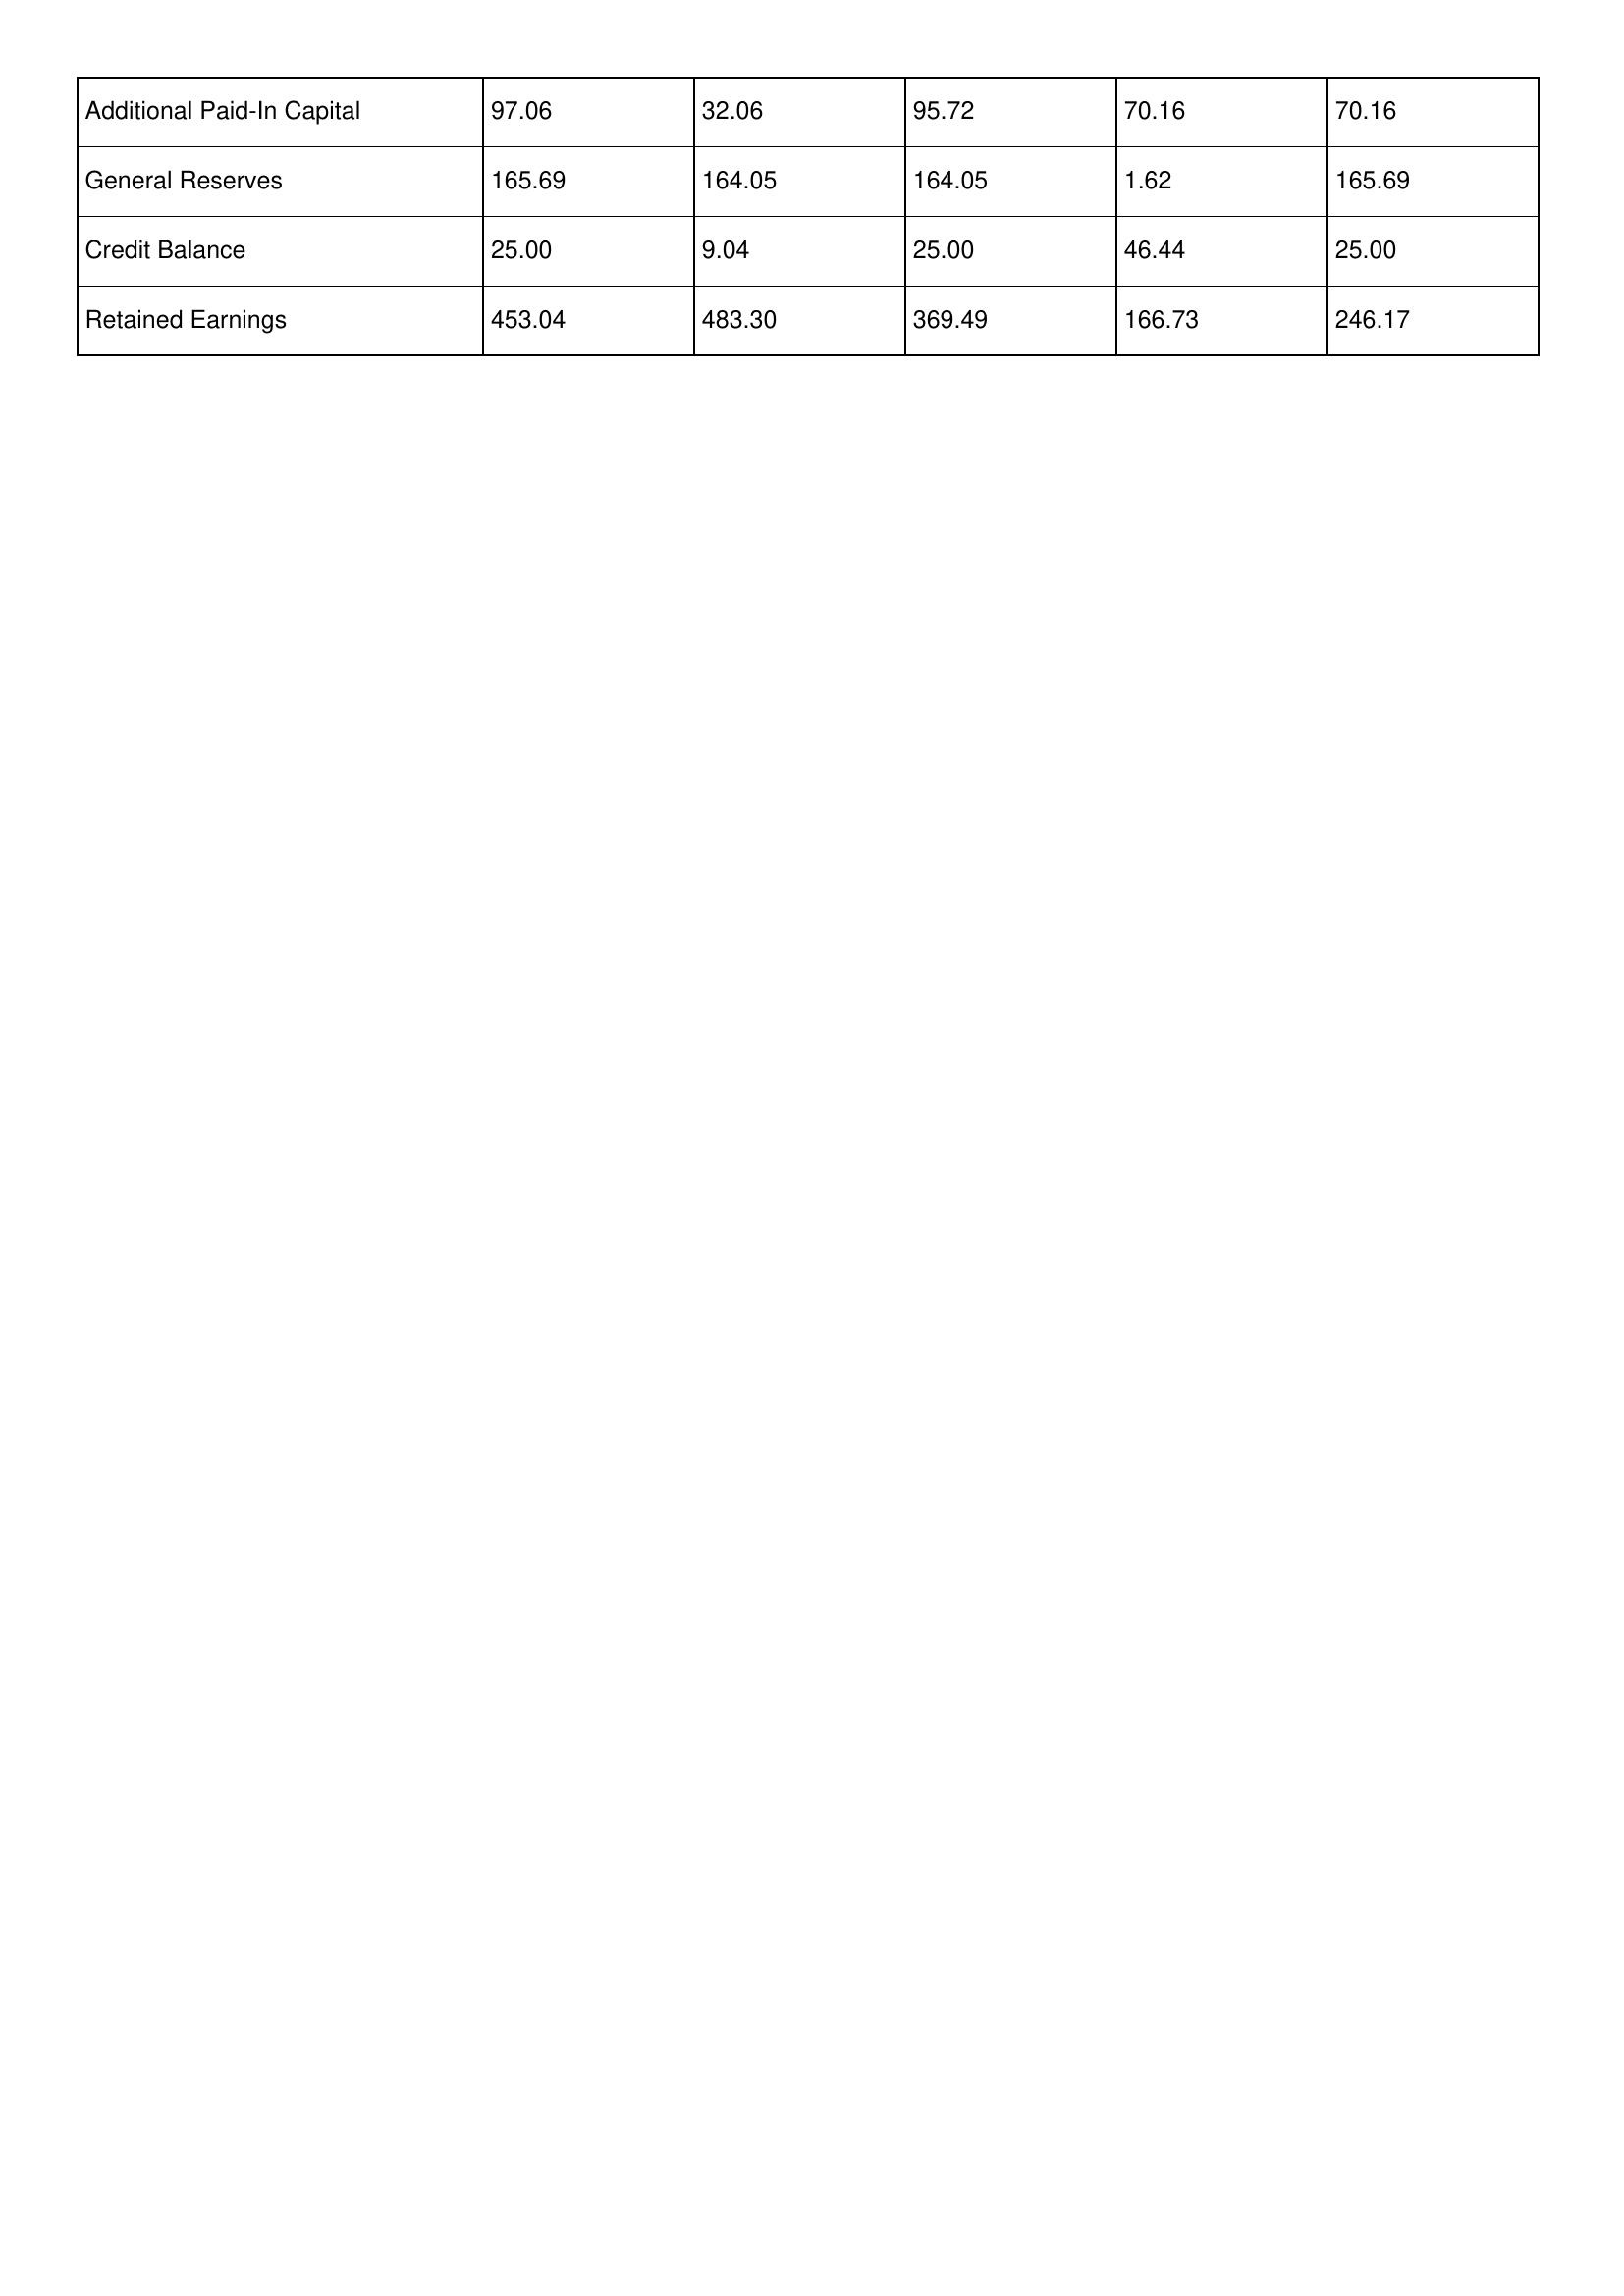
gt_parse: 2021: Additional Paid-In Capital: 97.06
General Reserves: 165.69
Credit Balance: 25.00
Retained Earnings: 453.04
2020: Additional Paid-In Capital: 32.06
General Reserves: 164.05
Credit Balance: 9.04
Retained Earnings: 483.30
2019: Additional Paid-In Capital: 95.72
General Reserves: 164.05
Credit Balance: 25.00
Retained Earnings: 369.49
2018: Additional Paid-In Capital: 70.16
General Reserves: 1.62
Credit Balance: 46.44
Retained Earnings: 166.73
2017: Additional Paid-In Capital: 70.16
General Reserves: 165.69
Credit Balance: 25.00
Retained Earnings: 246.17